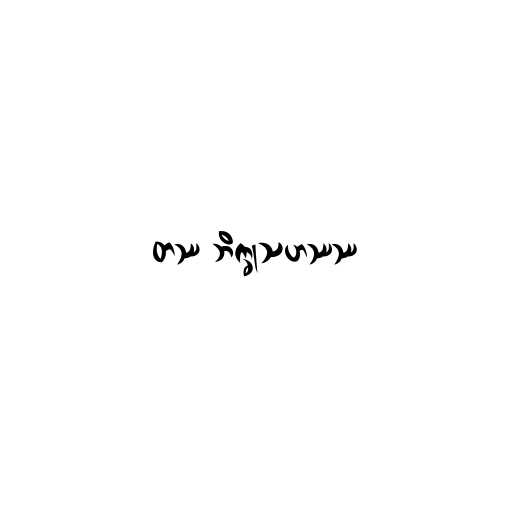
တဿ ဘိက္ခုသဟဿဿ